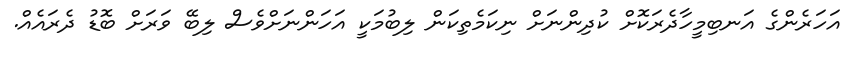
އަހަރެންގެ އަނބިމީހާދެރަކޮށް ކުދިންނަށް ނިކަމެތިކަން ލިބުމަކީ އަހަންނަށްވެސް ލިބޭ ވަރަށް ބޮޑު ދެރައެއް.